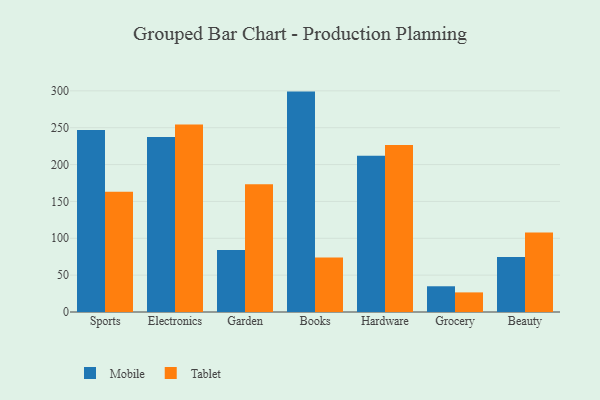
{"axis": {"x": "Category", "y": "Market Share (%)"}, "legend": ["Mobile", "Tablet"], "data": [{"x": "Sports", "y": 246.8, "type": "Mobile"}, {"x": "Sports", "y": 163.1, "type": "Tablet"}, {"x": "Electronics", "y": 237.4, "type": "Mobile"}, {"x": "Electronics", "y": 254.3, "type": "Tablet"}, {"x": "Garden", "y": 84.2, "type": "Mobile"}, {"x": "Garden", "y": 173.3, "type": "Tablet"}, {"x": "Books", "y": 299.0, "type": "Mobile"}, {"x": "Books", "y": 74.0, "type": "Tablet"}, {"x": "Hardware", "y": 212.0, "type": "Mobile"}, {"x": "Hardware", "y": 226.5, "type": "Tablet"}, {"x": "Grocery", "y": 34.9, "type": "Mobile"}, {"x": "Grocery", "y": 26.6, "type": "Tablet"}, {"x": "Beauty", "y": 74.6, "type": "Mobile"}, {"x": "Beauty", "y": 107.8, "type": "Tablet"}]}